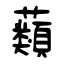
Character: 蘱